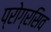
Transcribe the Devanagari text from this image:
प्रोग्रसिव